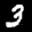
Label: 3